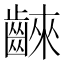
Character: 𪘨